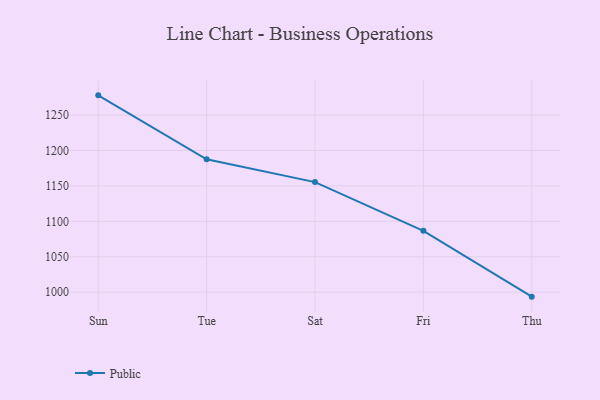
{"axis": {"x": "Day", "y": "Churn Rate (%)"}, "legend": ["Public"], "data": [{"x": "Sun", "y": 1277.9, "type": "Public"}, {"x": "Tue", "y": 1187.7, "type": "Public"}, {"x": "Sat", "y": 1155.4, "type": "Public"}, {"x": "Fri", "y": 1086.6, "type": "Public"}, {"x": "Thu", "y": 993.7, "type": "Public"}]}